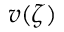
v ( \zeta )